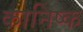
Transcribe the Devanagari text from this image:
कानिष्क